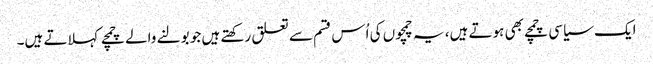
ایک سیاسی چمچے بھی ہوتے ہیں، یہ چمچوں کی اُس قسم سے تعلق رکھتے ہیں جو بولنے والے چمچے کہلاتے ہیں۔